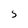
Character: s